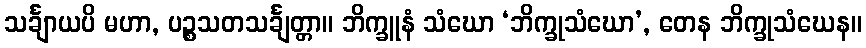
သင်္ချာယပိ မဟာ, ပဉ္စသတသင်္ချတ္တာ။ ဘိက္ခူနံ သံဃော ‘ဘိက္ခုသံဃော’, တေန ဘိက္ခုသံဃေန။